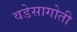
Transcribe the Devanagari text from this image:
वडेसागोती